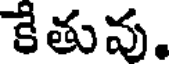
కేతువు.